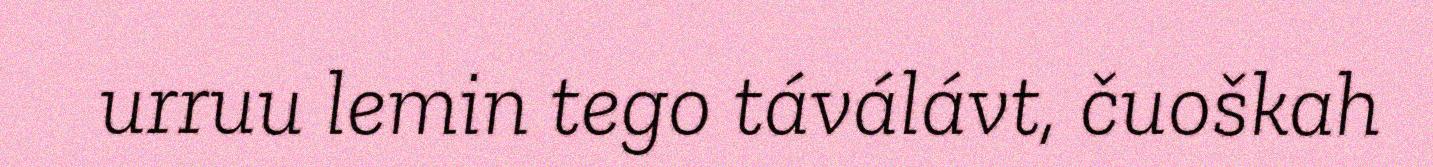
urruu lemin tego táválávt, čuoškah